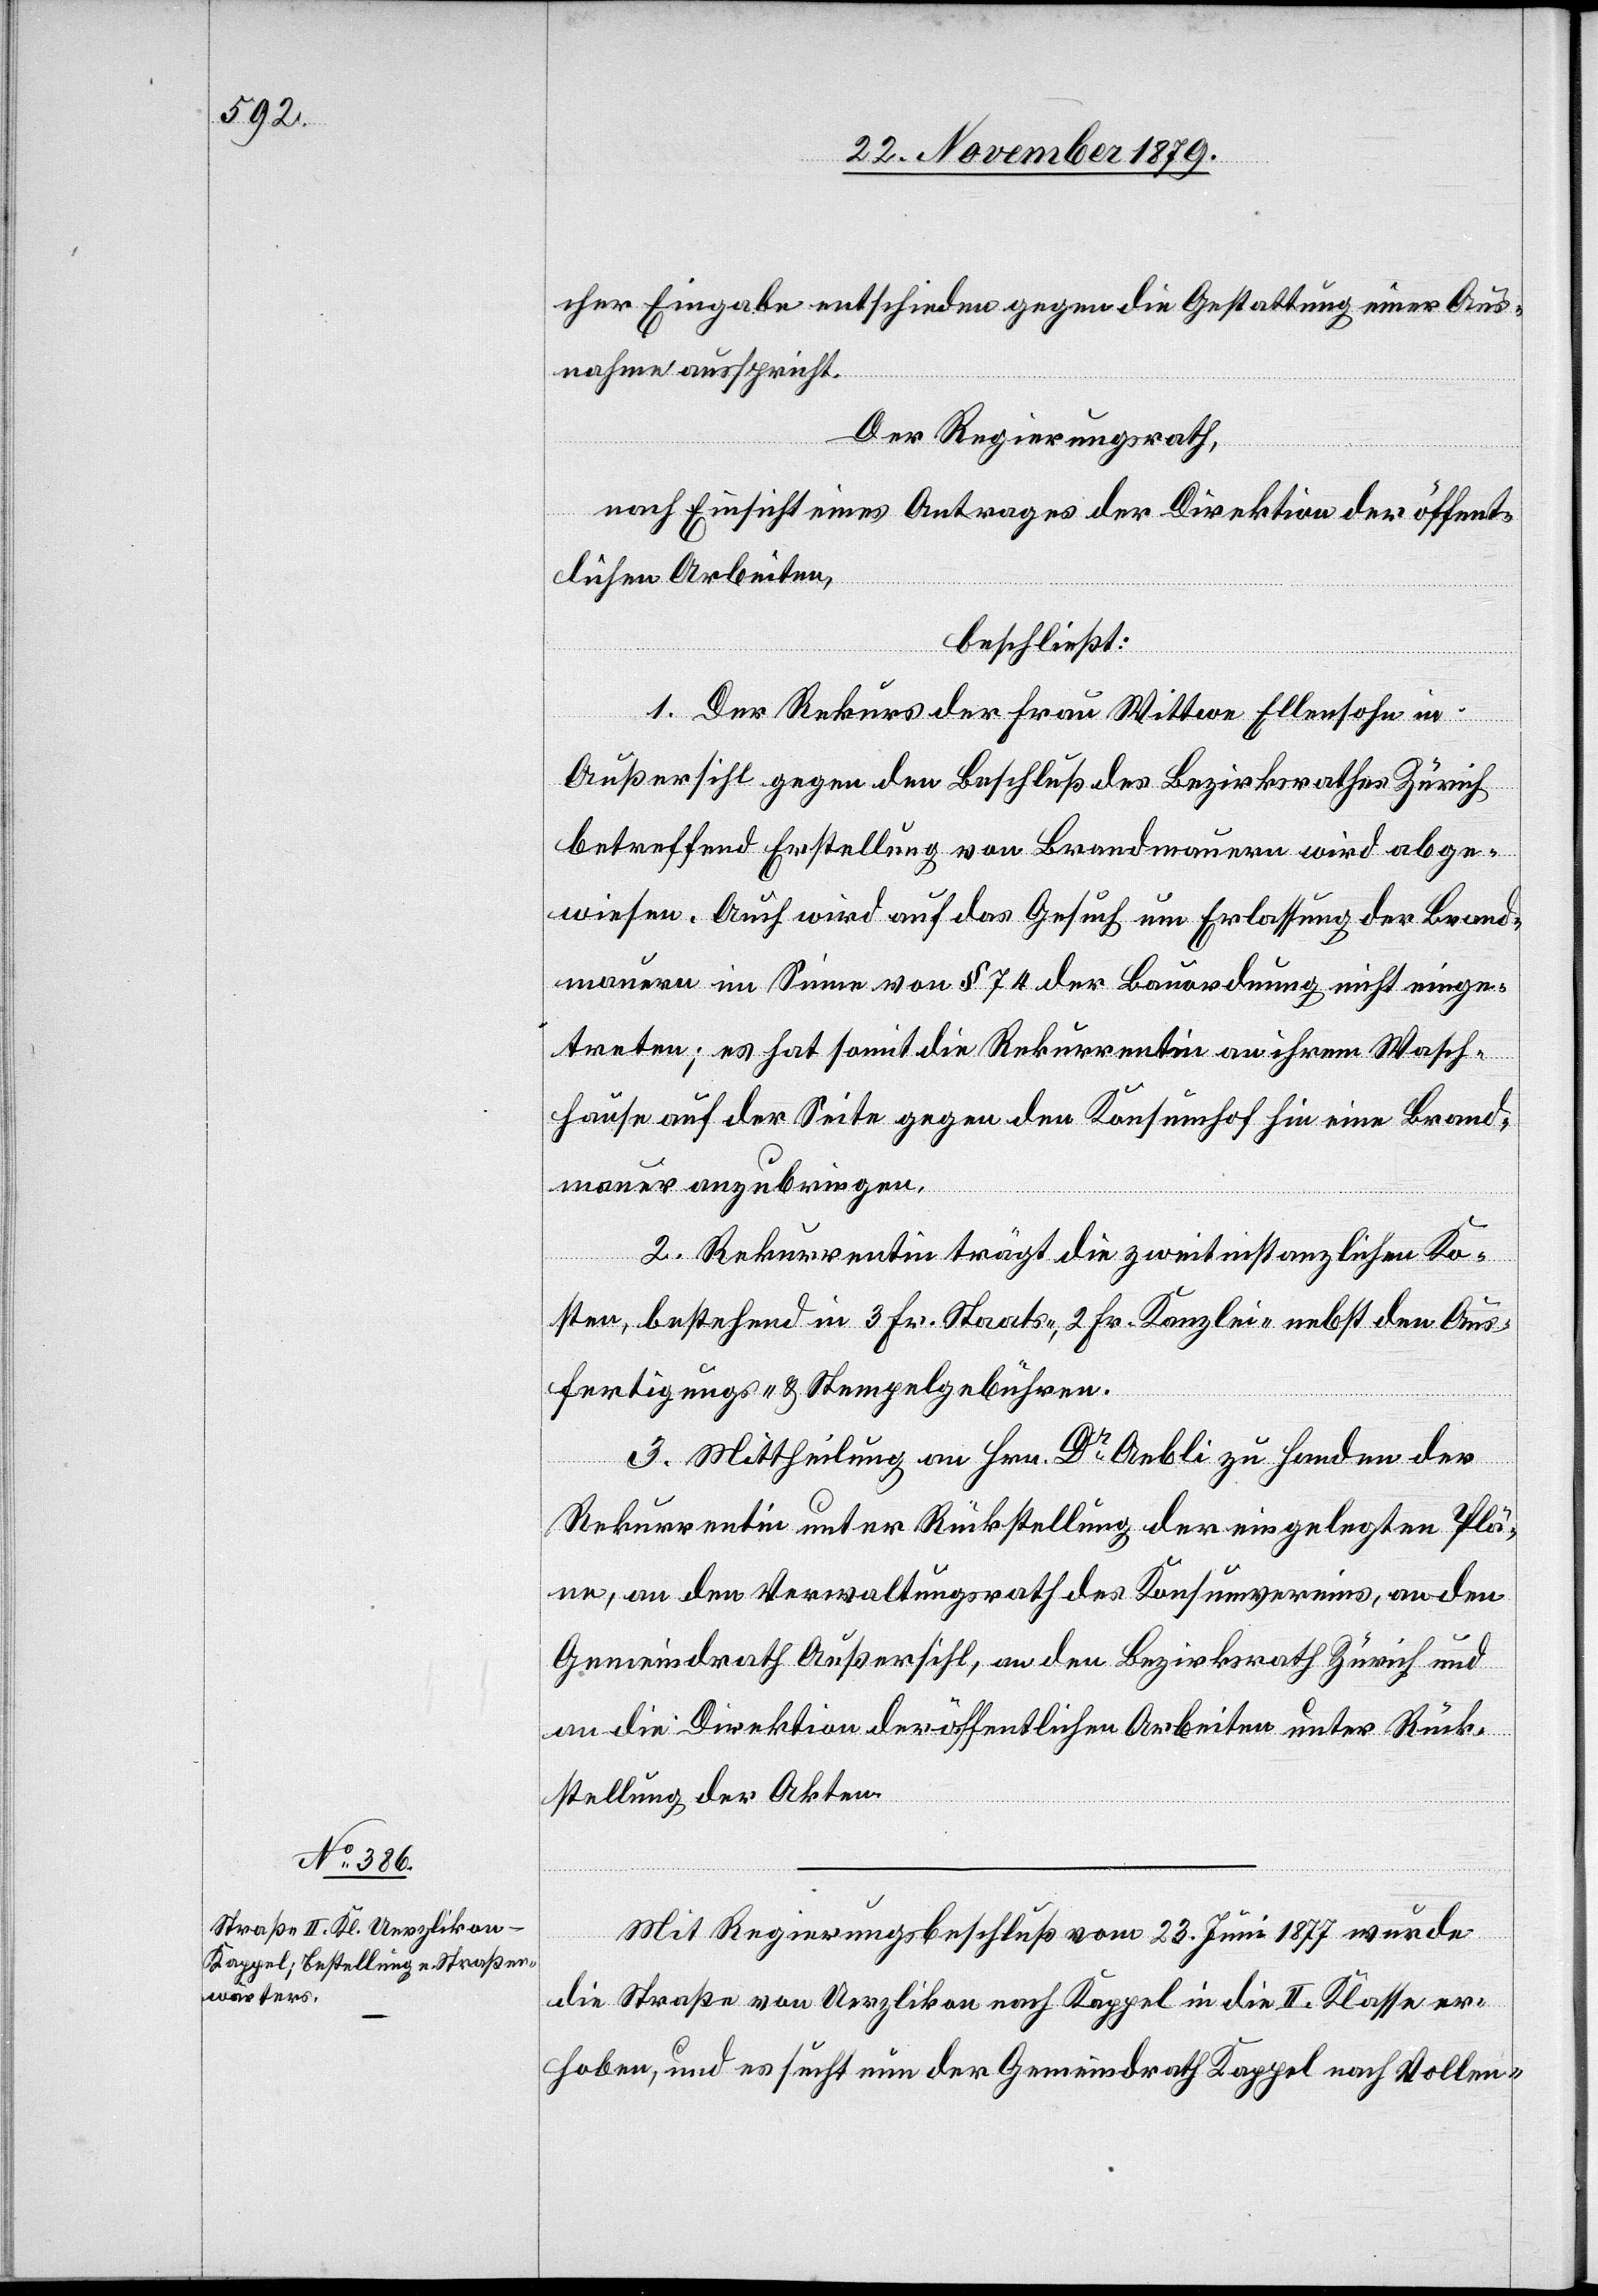
cher Eingabe entschieden gegen die Gestattung einer Aus¬
nahme ausspricht.
Der Regierungsrath,
nach Einsicht eines Antrages der Direktion der öffent¬
lichen Arbeiten,
beschließt:
1. Der Rekurs der Frau Wittwe Ellensohn in
Außersihl gegen den Beschluß des Bezirksrathes Zürich
betreffend Erstellung von Brandmauern wird abge¬
wiesen. Auch wird auf das Gesuch um Erlassung der Brand¬
mauern im Sinne von § 74 der Bauordnung nicht einge¬
treten; es hat somit die Rekurrentin an ihrem Wasch¬
hause auf der Seite gegen den Konsumhof hin eine Brand¬
mauer anzubringen.
2. Rekurrentin trägt die zweitinstanzlichen Ko¬
sten, bestehend in 3 Fr. Staats-, 2 Fr. Kanzlei-, nebst den Aus¬
fertigungs- & Stempelgebühren.
3. Mittheilung an Hrn. Dr Aebli zu Handen der
Rekurrentin unter Rückstellung der eingelegten Plä¬
ne, an den Verwaltungsrath des Konsumvereins, an den
Gemeindrath Außersihl, an den Bezirksrath Zürich und
an die Direktion der öffentlichen Arbeiten unter Rück¬
stellung der Akten.
Mit Regierungsbeschluß vom 23. Juni 1877 wurde
die Straße von Uerzlikon nach Kappel in die II. Klasse er¬
hoben, und es sucht nun der Gemeindrath Kappel nach Vollen-